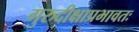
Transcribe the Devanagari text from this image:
गुरुदीक्षाप्रभावतः